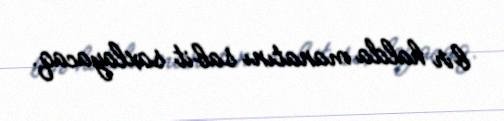
bir halda manatını sabit saxlayacaq.